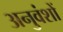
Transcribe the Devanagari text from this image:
अनुवंशों